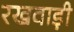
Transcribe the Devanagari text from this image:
रखवाड़ी